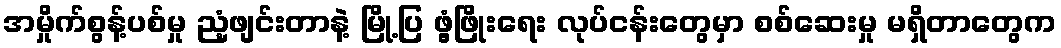
အမှိုက်စွန့်ပစ်မှု ညံ့ဖျင်းတာနဲ့ မြို့ပြ ဖွံ့ဖြိုးရေး လုပ်ငန်းတွေမှာ စစ်ဆေးမှု မရှိတာတွေက